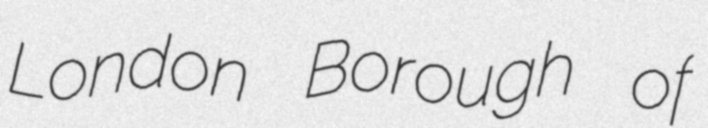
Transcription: London Borough of